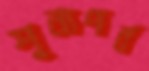
শূন্যপর্ব